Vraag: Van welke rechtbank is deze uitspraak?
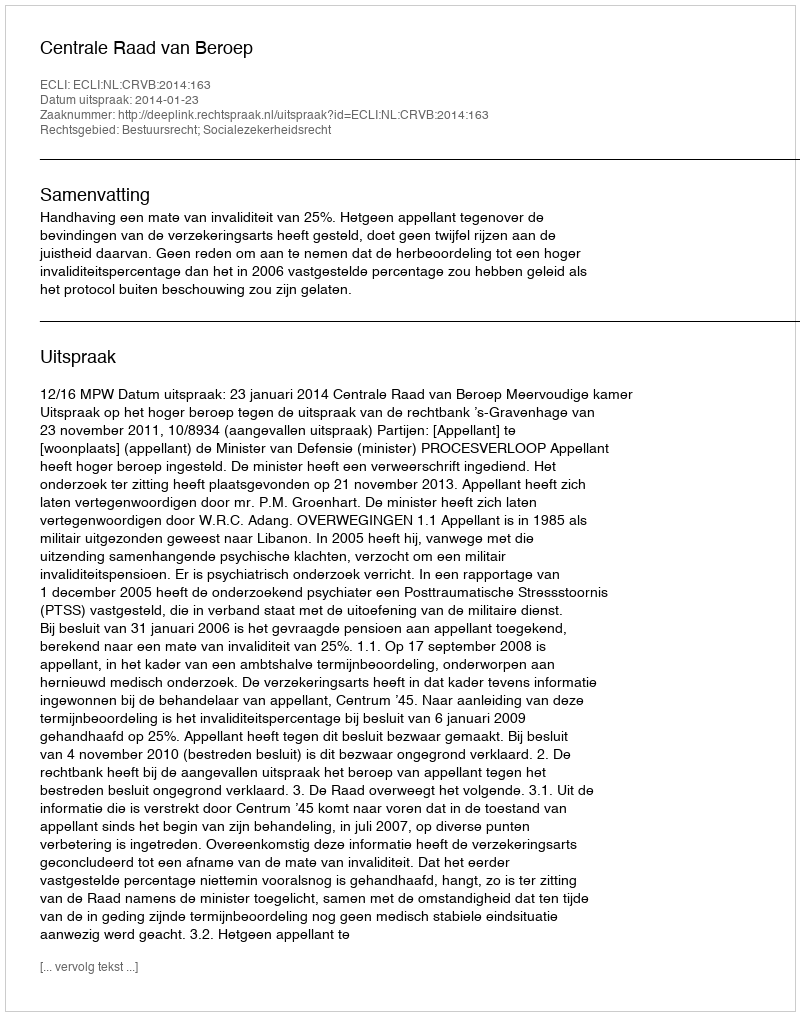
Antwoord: Centrale Raad van Beroep